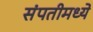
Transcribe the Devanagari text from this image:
संपतीमध्ये